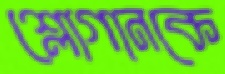
শ্লোগানকে